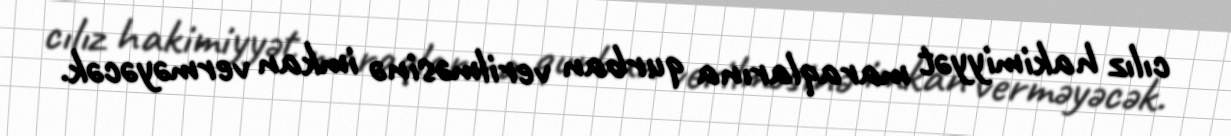
cılız hakimiyyət maraqlarına qurban verilməsinə imkan verməyəcək.